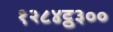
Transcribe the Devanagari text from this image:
१२८४ट्ठ३००